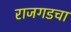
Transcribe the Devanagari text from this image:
राजगडचा